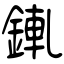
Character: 錷